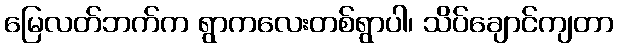
မြေလတ်ဘက်က ရွာကလေးတစ်ရွာပါ၊ သိပ်ချောင်ကျတာ